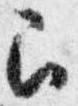
召